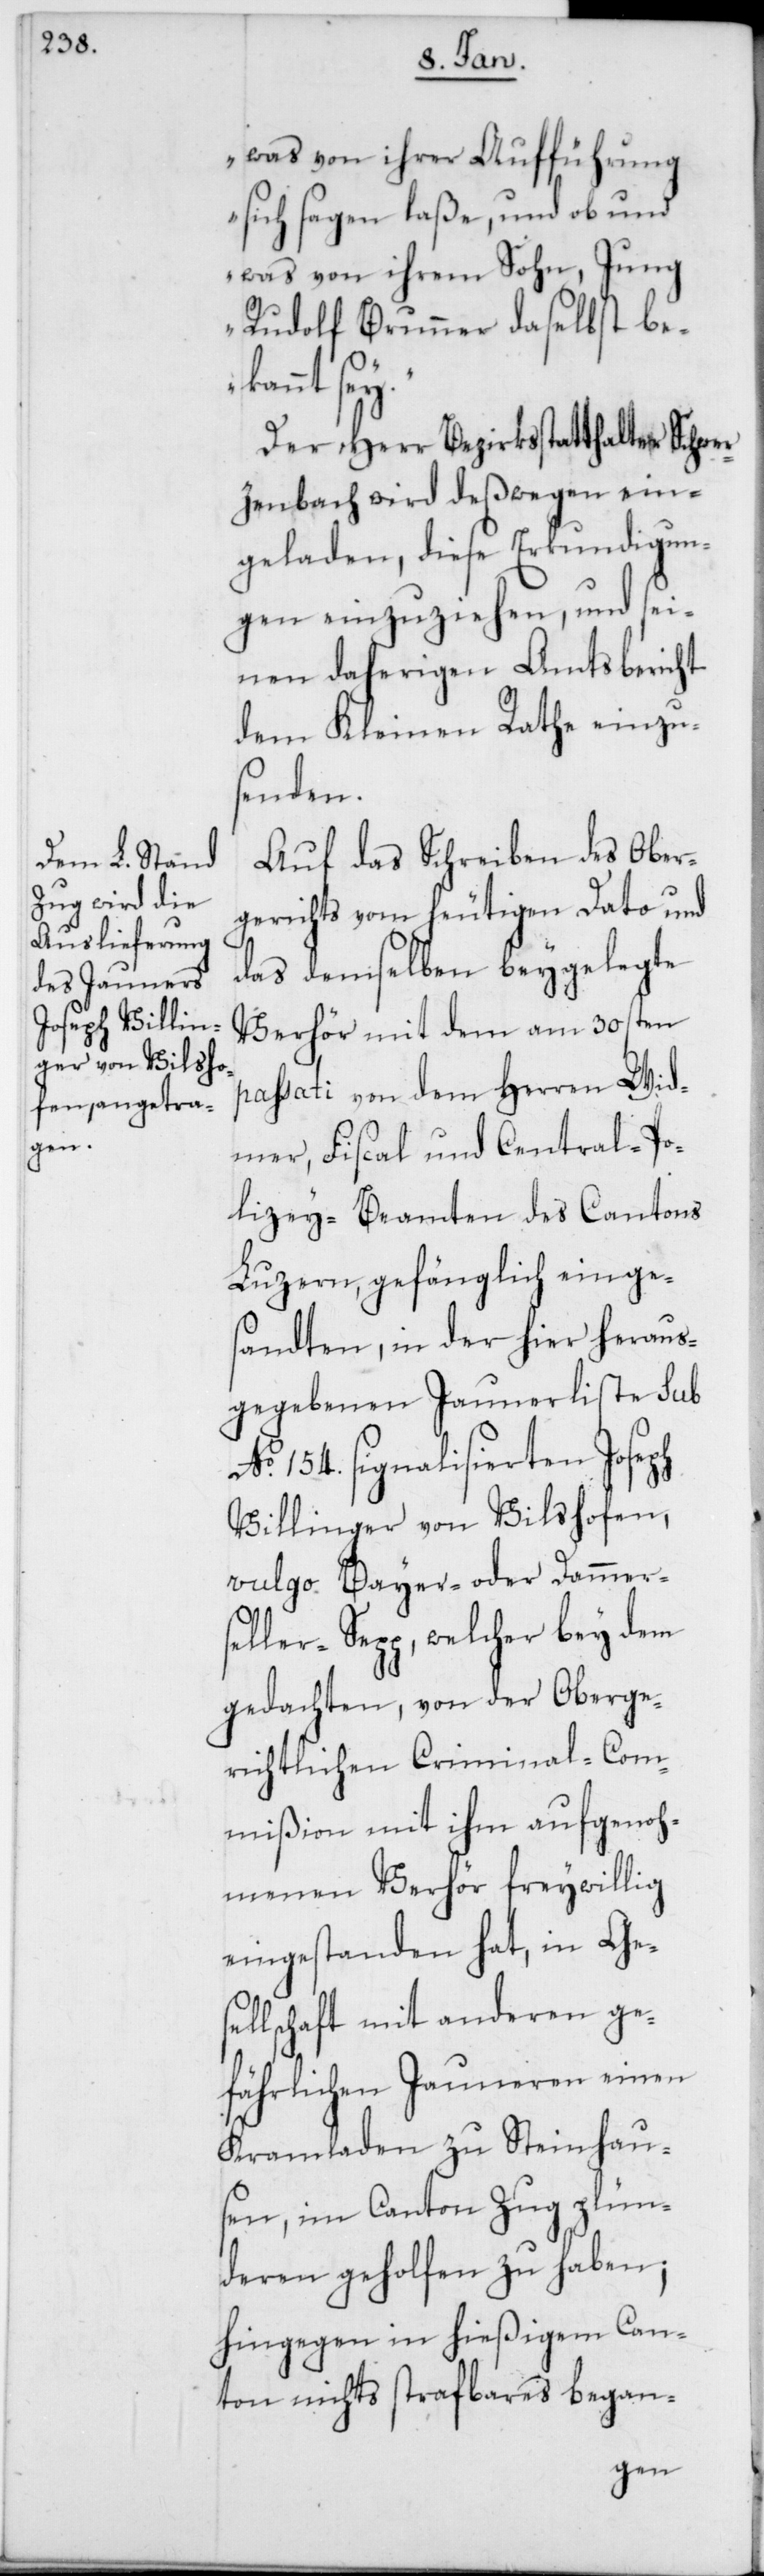
was von ihrer Aufführung
sich sagen laße, und ob und
was von ihrem Sohn, Jung
Rudolf Brunner daselbst be¬
kannt
Der Herr Bezirksstatthalter Schwer¬
zenbach wird deßwegen ein¬
geladen, diese Erkundigun¬
gen einzuziehen, und sei¬
nen daherigen Amtsbericht
dem Kleinen Rathe einzu¬
senden.
Auf das Schreiben des Ober¬
gerichts vom heutigen Dato und
das demselben beygelegte
Verhör mit dem am 30sten
passati von dem Herren Wid¬
mer, Fiscal- und Central-Po¬
lizey-Beamten des Cantons
Luzern, gefänglich einges¬
andten, in der hier heraus¬
gegebenen Jaunerliste sub
No. 154. signalisierten Joseph
Villinger von Vilshofen,
vulgo Bayer- oder Dammer¬
seller-Sepp, welcher bey dem
gedachten, von der oberge¬
richtlichen Criminal-Com¬
mißion mit ihm aufgenoh¬
menen Verhör freywillig
eingestanden hat, in Ges¬
ellschaft mit anderen ge¬
fährlichen Jauneren einen
Kramladen zu Steinhaus¬
en, im Canton Zug plün¬
deren geholfen zu haben,
hingegen in hießigem Can¬
ton nichts strafbares began-